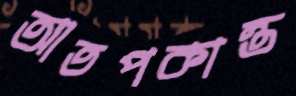
আতপকান্ত